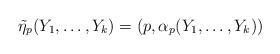
LaTeX: \begin{align*} \tilde\eta_p(Y_1,\dots,Y_k) = (p,\alpha_p(Y_1,\dots,Y_k)) \end{align*}